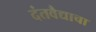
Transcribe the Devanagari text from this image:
दंतवैद्याचा